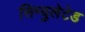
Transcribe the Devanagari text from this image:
सिम्युलेटेड